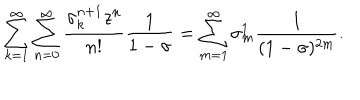
\sum _ { k = 1 } ^ { \infty } \sum _ { n = 0 } ^ { \infty } \frac { \sigma _ { k } ^ { n + 1 } z ^ { n } } { n ! } \frac { 1 } { 1 - \sigma } = \sum _ { m = 1 } ^ { \infty } \sigma _ { m } ^ { 1 } \frac { 1 } { ( 1 - \sigma ) ^ { 2 m } } .